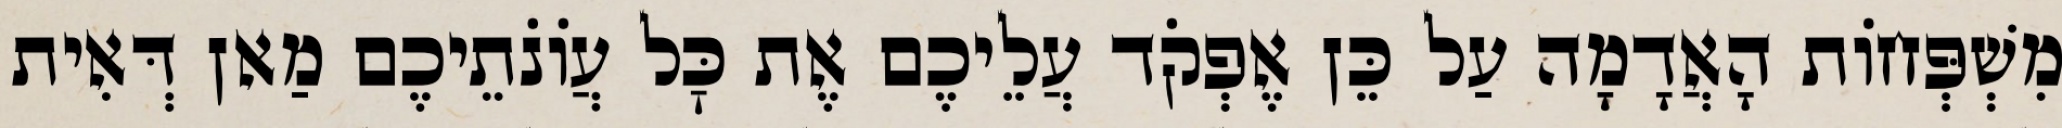
מִשְׁפְּחוֹת הָאֲדָמָה עַל כֵּן אֶפְקֹד עֲלֵיכֶם אֶת כׇּל עֲוֹנֹתֵיכֶם מַאן דְּאִית